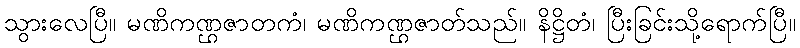
သွားလေပြီ။ မဏိကဏ္ဌဇာတကံ၊ မဏိကဏ္ဌဇာတ်သည်။ နိဋ္ဌိတံ၊ ပြီးခြင်းသို့ရောက်ပြီ။